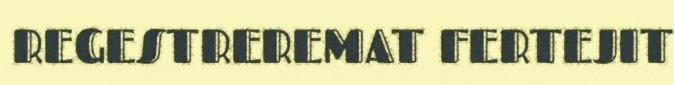
REGESTREREMAT FERTEJIT